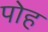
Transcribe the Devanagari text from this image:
पोह